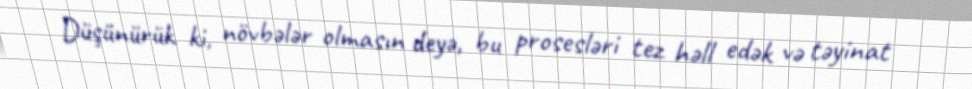
Düşünürük ki, növbələr olmasın deyə, bu prosesləri tez həll edək və təyinat